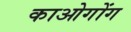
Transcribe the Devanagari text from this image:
काओगोंग